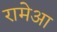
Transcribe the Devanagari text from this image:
रामेआ